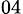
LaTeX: _{04}